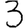
Digit: 3